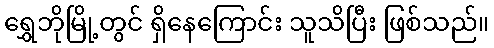
ရွှေဘိုမြို့တွင် ရှိနေကြောင်း သူသိပြီး ဖြစ်သည်။